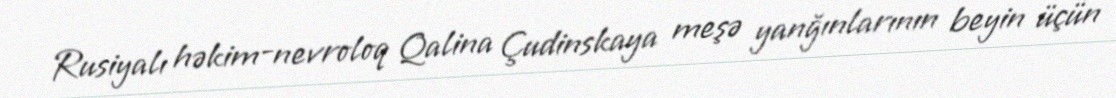
Rusiyalı həkim-nevroloq Qalina Çudinskaya meşə yanğınlarının beyin üçün